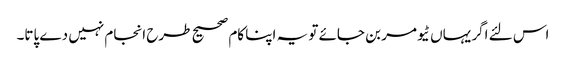
اس لئے اگر یہاں ٹیومر بن جائے تو یہ اپنا کام صحیح طرح انجام نہیں دے پاتا۔